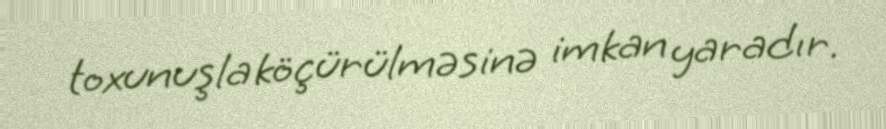
toxunuşla köçürülməsinə imkan yaradır.